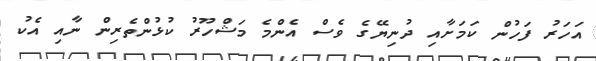
އަހަރު ފަހުން ކަމަށާއި ދުނިޔޭގެ ވެސް އެންމެ މަޝްހޫރު ކުޅުންތެރިން ނާއި އެކު